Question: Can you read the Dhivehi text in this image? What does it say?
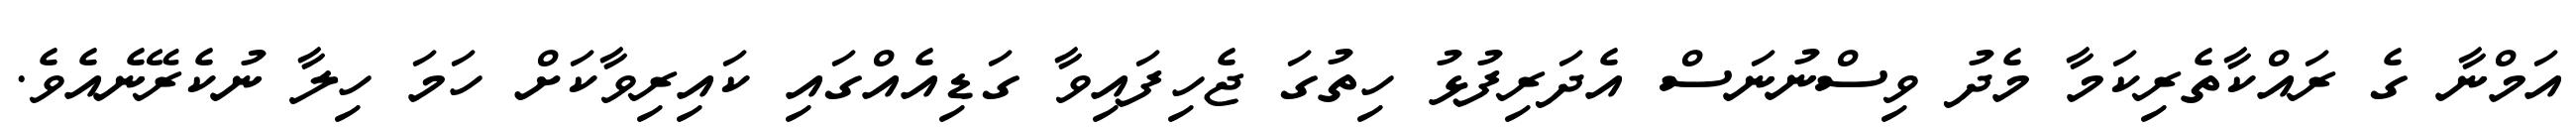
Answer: އަމްނާ ގެ ރައްކާތެރިކަމާ މެދު ވިސްނުނަސް އެދަރިފުޅު ހިތުގަ ޖެހިފައިވާ ގަޑިއެއްގައި ކައިރިވާކަށް ހަމަ ހިލާ ނުކެރޭނެއެވެ.